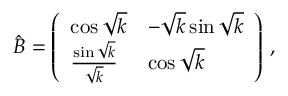
\hat { B } = \left( \begin{array} { l l } { \cos \sqrt { k } } & { - \sqrt { k } \sin \sqrt { k } } \\ { \frac { \sin \sqrt { k } } { \sqrt { k } } } & { \cos \sqrt { k } } \end{array} \right) \, ,